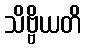
သိဗ္ဗိယတိ